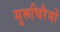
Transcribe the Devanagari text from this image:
सुरूचिरैर्यो